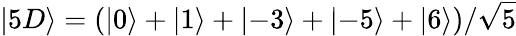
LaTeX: \left\lvert 5D\right\rangle=(\left\lvert 0\right\rangle+\left\lvert 1\right\rangle+\left\lvert-3\right\rangle+\left\lvert-5\right\rangle+\left\lvert 6\right\rangle)/\sqrt{5}